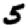
Digit: 5